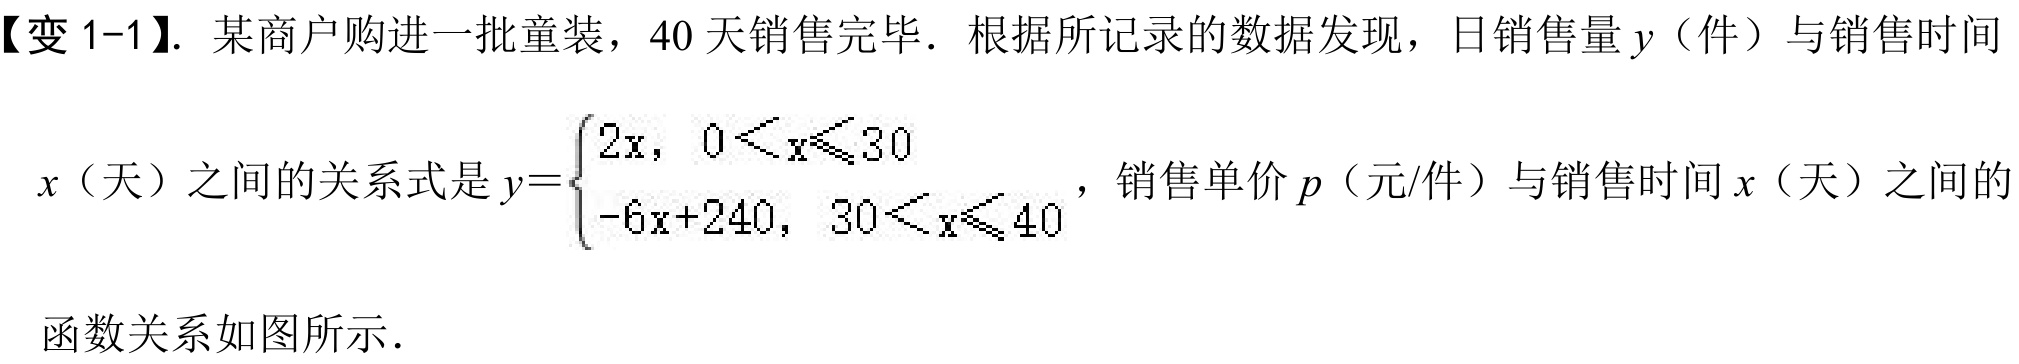
【变 1-1】. 某商户购进一批童装，40 天销售完毕．根据所记录的数据发现，日销售量 \(y\)（件）与销售时间
\(x\)（天）之间的关系式是\(y =
\begin{cases}
2x, & 0 < x\leqslant30 \\
-6x + 240, & 30 < x\leqslant40
\end{cases}\)，销售单价 \(p\)（元/件）与销售时间 \(x\)（天）之间的
函数关系如图所示．